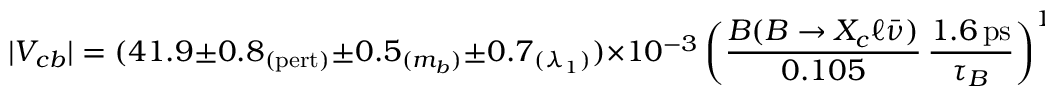
| V _ { c b } | = ( 4 1 . 9 \pm 0 . 8 _ { ( \mathrm { p e r t ) } } \pm 0 . 5 _ { ( m _ { b } ) } \pm 0 . 7 _ { ( \lambda _ { 1 } ) } ) \times 1 0 ^ { - 3 } \, \bigg ( { \frac { { \cal B } ( B \to X _ { c } \ell \bar { \nu } ) } { 0 . 1 0 5 } } \, { \frac { 1 . 6 \, \mathrm { p s } } { \tau _ { B } } } \bigg ) ^ { 1 / 2 } .